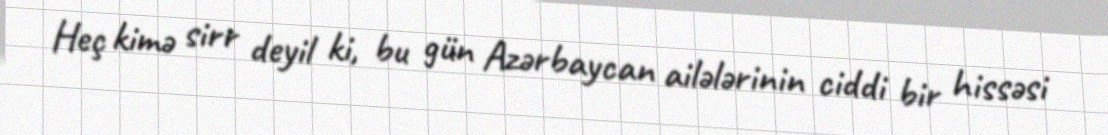
Heç kimə sirr deyil ki, bu gün Azərbaycan ailələrinin ciddi bir hissəsi